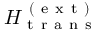
H _ { \mathrm { ~ t ~ r ~ a ~ n ~ s ~ } } ^ { \mathrm { ~ ( ~ e ~ x ~ t ~ ) ~ } }